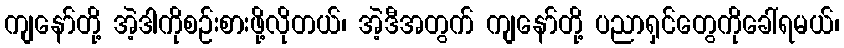
ကျနော်တို့ အဲ့ဒါကိုစဉ်းစားဖို့လိုတယ်၊ အဲ့ဒီအတွက် ကျနော်တို့ ပညာရှင်တွေကိုခေါ်ရမယ်၊